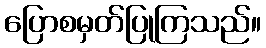
ပြောစမှတ်ပြုကြသည်။